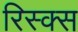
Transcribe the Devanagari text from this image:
रिस्क्स